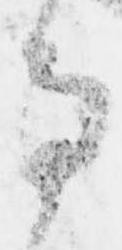
寺